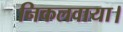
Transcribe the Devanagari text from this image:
निकलवाया।